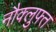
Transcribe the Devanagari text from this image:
नौक्लुफ्त